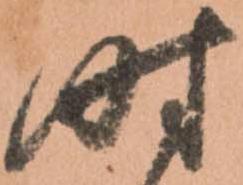
時